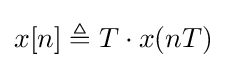
x[n]\triangleq T\cdot x(nT)